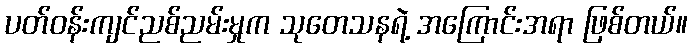
ပတ်ဝန်းကျင်ညစ်ညမ်းမှုက သုတေသနရဲ့ အကြောင်းအရာ ဖြစ်တယ်။